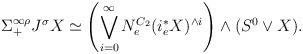
LaTeX: \begin{align*}\Sigma^{\infty\rho}_{+} J^{\sigma}X\simeq \left(\bigvee_{i=0}^{\infty} N_{e}^{C_{2}}(i_{e}^{\ast}X)^{\wedge i}\right)\wedge (S^{0}\vee X).\end{align*}